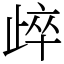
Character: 㱖